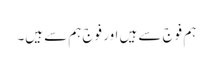
ہم فوج سے ہیں اور فوج ہم سے ہیں۔